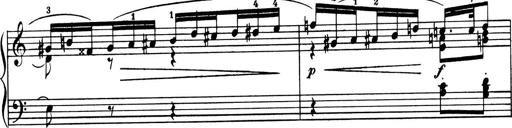
Title: 4 Sonatines
Composer: Max Reger